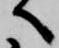
へ